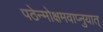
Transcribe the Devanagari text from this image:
पठेन्मोक्षमवाप्नुयात्